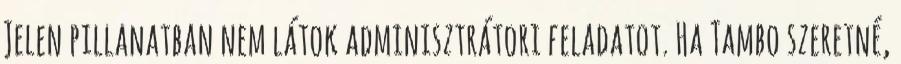
Jelen pillanatban nem látok adminisztrátori feladatot. Ha Tambo szeretné,